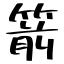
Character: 箭